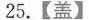
25.【盖】